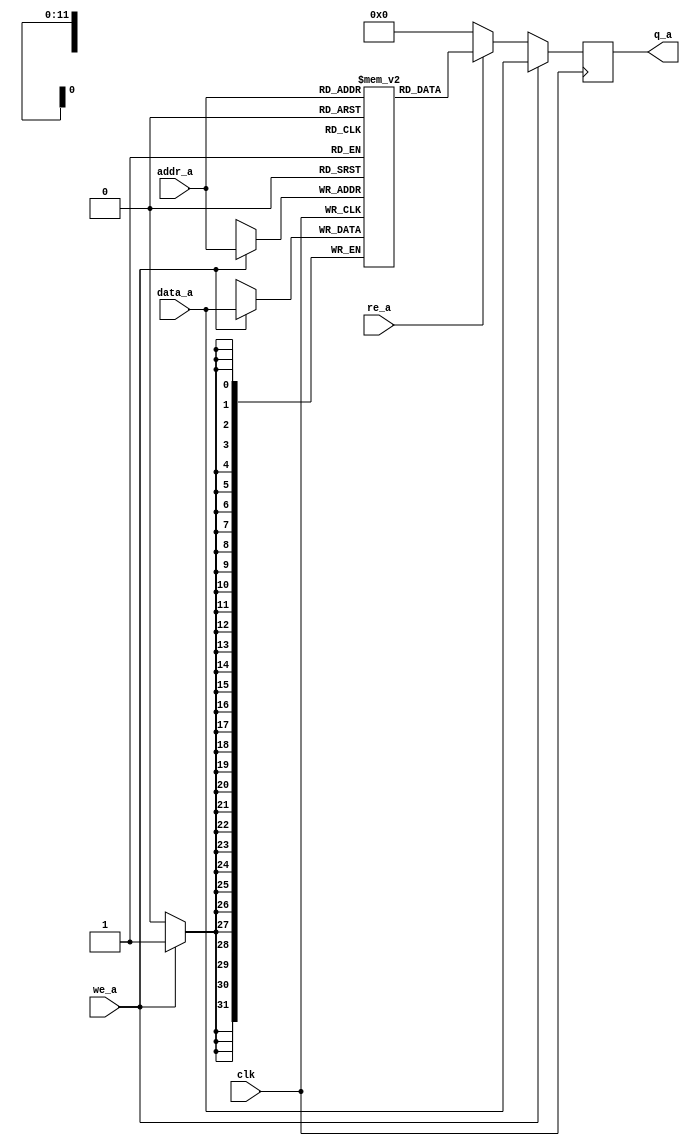
/*
 * Simple memory for sixteen bit data values with 10 bits for address space.
 * Group 9
 * September 29, 2020
 *
 */
// Quartus Prime Verilog Template
// True Dual Port RAM with single clock
module data_memory
#(parameter DATA_WIDTH=32, parameter ADDR_WIDTH=12)
(
	input [(DATA_WIDTH-1):0] data_a,
	input [(ADDR_WIDTH-1):0] addr_a,
	input we_a, re_a, clk,
	output reg [(DATA_WIDTH-1):0] q_a
);

	// Declare the RAM variable
	reg [DATA_WIDTH-1:0] ram[0:2**ADDR_WIDTH-1];
	integer i;
	initial
	begin
	//$readmemh("game.txt", ram);
		for(i=0;i<2**ADDR_WIDTH;i=i+1)
			ram[i] = 0; // Make everything a safe value, zero is what we initially will use. use a $readmemh for loading a hex file.
	end

	// Port A 
	always @ (posedge clk)
	begin
		if (we_a) 
		begin
			ram[addr_a] <= data_a;
			q_a <= data_a;
		end
		else if (re_a)
		begin
			q_a <= ram[addr_a];
		end 
		else
		begin
			q_a <= 32'b0;
		end
	end 



endmodule